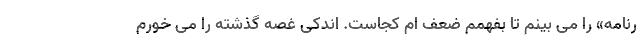
رنامه» را می بینم تا بفهمم ضعف ام کجاست. اندکی غصه گذشته را می خورم